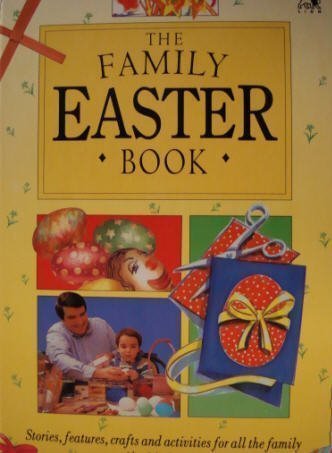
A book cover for The Family Easter Book/Stories, Features, Crafts and Activities for All the Family; Alan MacDonald; Children's Books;